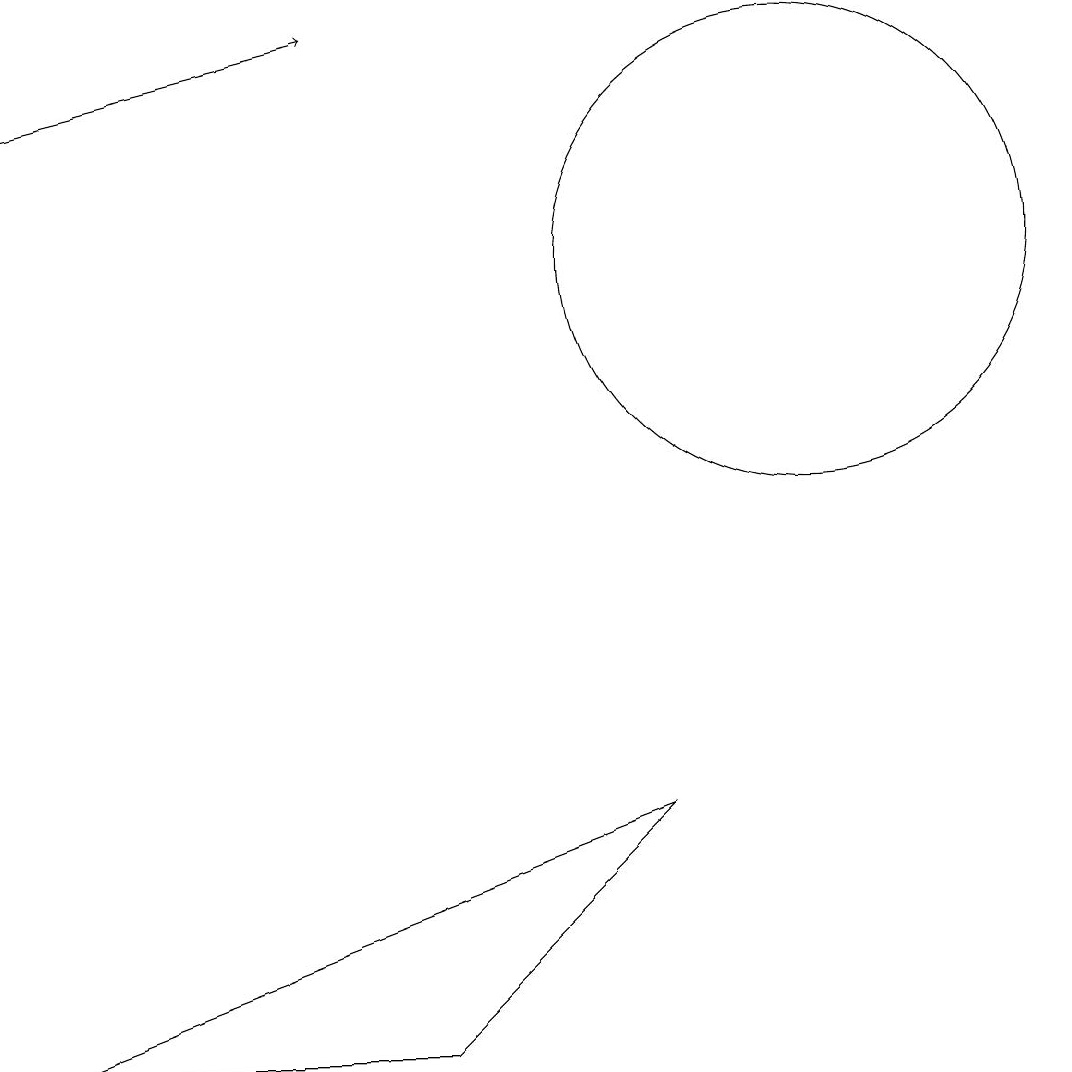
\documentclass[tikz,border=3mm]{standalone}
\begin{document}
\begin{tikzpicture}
\draw[->] (1,13) -- (5,14);
\draw (1,1) -- (9,4) -- (6,1) -- cycle;
\draw (11,11) circle (3);
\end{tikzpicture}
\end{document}